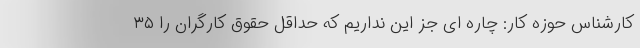
کارشناس حوزه کار: چاره ای جز این نداریم که حداقل حقوق کارگران را ۳۵